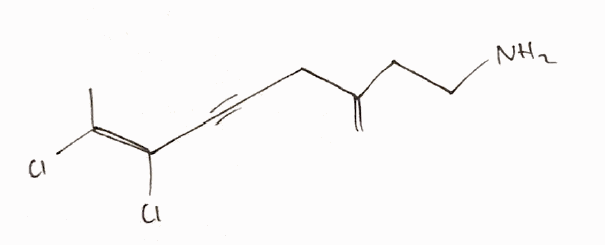
Simplified molecular-input line-entry system (SMILES) notation of the given molecule:
C/C(=C(\C#CCC(=C)CCN)/Cl)/Cl